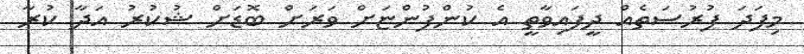
މިފަދަ ފުރުސަތެއް ދީފައިވާތީ އެ ކުންފުންޏަށް ވަރަށް ބޮޑަށް ޝުކުރު އަދާ ކުރާ